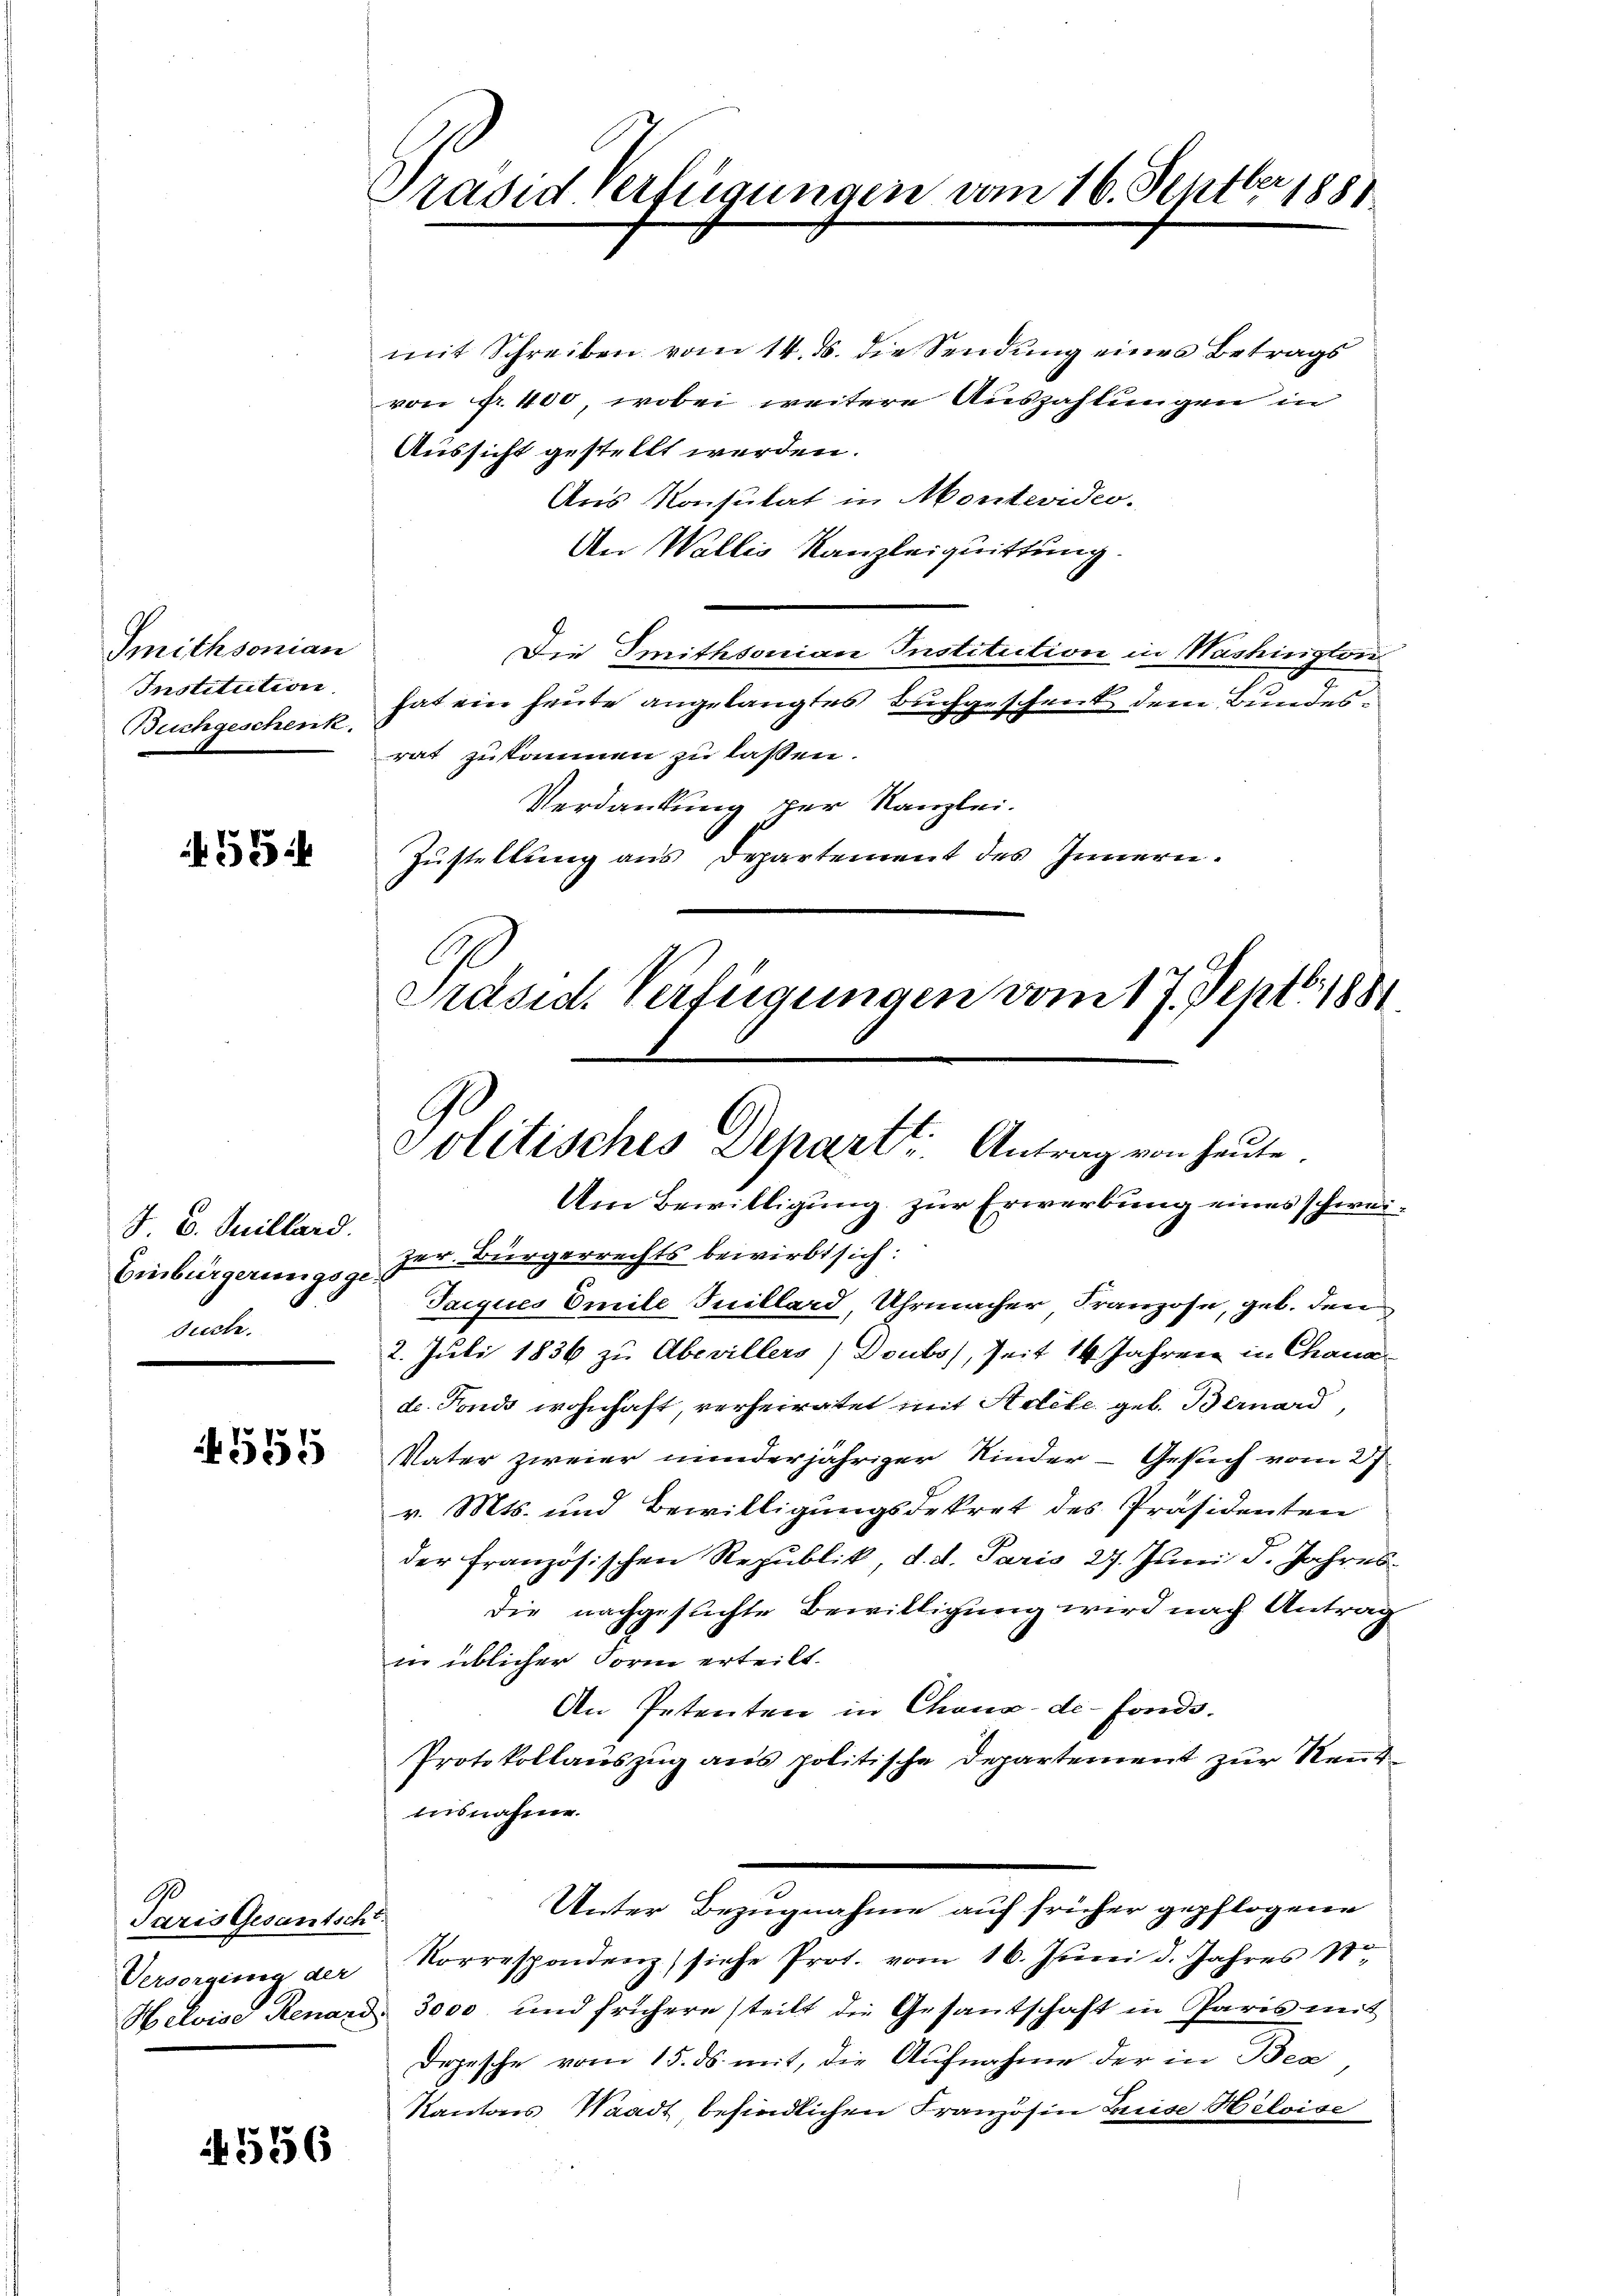
Smithsonian
Institution.
Buchgeschenk.

455

J. B. Quillard.
Einbürgerungsge¬
Suche.

555

9
Paris Gesantscht.
Versorgung der

556

Prasid Verfügungen vom 16. Septbr 1881

mit Schreiben vom 14. ds. die Sendung eines Betrags
von fr. 400, wobei weitere Auszahlungen in
Aussicht gestellt werden.
Aus Konsulat in Montevideo.
An Wallis Kanzleiquittung.
Die Smithsonian Institution in Washington
hat ein heute angelangtes Buchgeschenk dem Bundesrat zukommen zu lassen.
Verdankung per Kanzlei.
Zustellung aus Departement des Innern.
Präsid. Verfügungen vom 17. Sept. 1881.

Politisches Depart. Antrag von heute.

Um Bewilligung zur Erwerbung eines schweizer. Bürgerrechts bewirbt sich:
Taiques Omile Juillard, Uhrmacher Franzose, geb. den
2. Juli 1836 zu Abevillers) Doubs), Zeit 14 Jahren in Chana-
d. Fonds wohnhaft, verheiratet mit Adete geb. Bernard,
Vater zweier minderjähriger Kinder - Gesuch vom 27
v. Mts. und Bewilligungsdekret des Präsidenten
der Französischen Republik, d. d. Paris 27. Juni d. Jahres
die nachgesuchte Bewilligung wird nach Antrag
in üblicher Form erteilt.
An Petenten in Chana-de-Fonds.
Protokollauszug aus politische Departement zur Neut¬
Ausnahme.
Unter Bezugnahme auf früher gepflogene
Korrespondenz) siche Prot. vom 16. Juni d. Jahres Str
Helvise Renard 3000 und frühere steilt die Gesantschaft in Paris mit
Depesche vom 15. ds. mit, die Aufnahme der in Bea
Kantons Waadt, befindlichen Franzosen Luise Hiloise